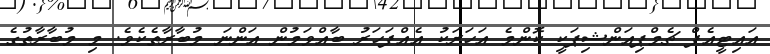
އައިޓީއެފް ޗެމްޕިއަންޝިޕަކީ ކޮންމެ އަހަރަކު އެއްފަހަރު ބާއްވަމުން އަންނަ މުބާރާތެކެވެ. މި މުބާރާތުގެ